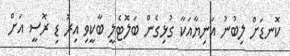
ކޮނޑަށް ލިބުނު އަނިޔާއަކާ ގުޅިގެން ބަލޮޓެލީ ބާކީވި އިރު ޑި ރޮސީ އަށް